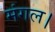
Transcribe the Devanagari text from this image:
मंगल।